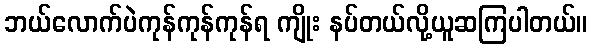
ဘယ်လောက်ပဲကုန်ကုန်ကုန်ရ ကျိုး နပ်တယ်လို့ယူဆကြပါတယ်။